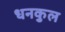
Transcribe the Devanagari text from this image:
धनकुल